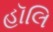
હૉલિ